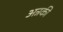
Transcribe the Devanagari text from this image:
अन्नकी